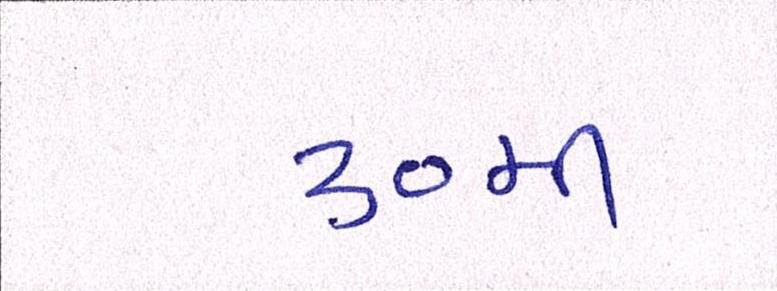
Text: ૩૦મી